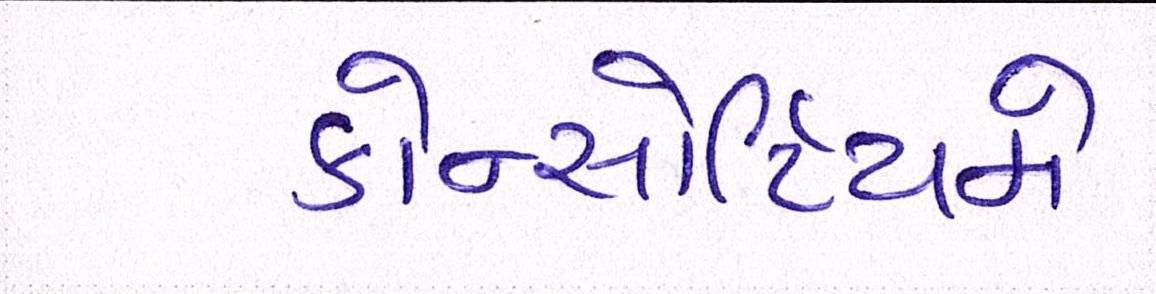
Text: કોન્સોર્ટિયમે